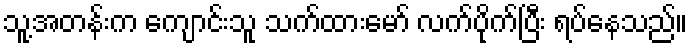
သူ့အတန်းက ကျောင်းသူ သက်ထားမော် လက်ပိုက်ပြီး ရပ်နေသည်။